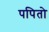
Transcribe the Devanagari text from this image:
पपितो